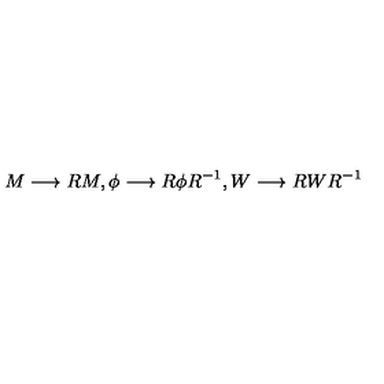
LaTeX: M \longrightarrow R M , \phi \longrightarrow R \phi R ^ { - 1 } , W \longrightarrow R W R ^ { - 1 }